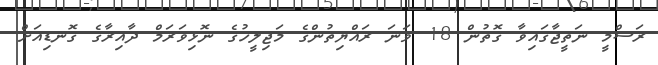
ރަސްމީ ނަތީޖާގައިވާ ގޮތުން 18 ވަނަ ރައްޔިތުންގެ މަޖިލީހުގެ ނޮޅިވަރަމް ދާއިރާގެ ގޮނޑިއަށް